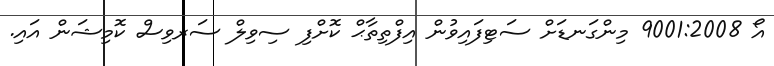
އޯ 9001:2008 މިންގަނޑަށް ސަޓިފައިވުން އިފްތިތާޙް ކޮށްފި ސިވިލް ސަރވިސް ކޮމިޝަން އައި.